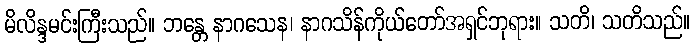
မိလိန္ဒမင်းကြီးသည်။ ဘန္တေ နာဂသေန၊ နာဂသိန်ကိုယ်တော်အရှင်ဘုရား။ သတိ၊ သတိသည်။